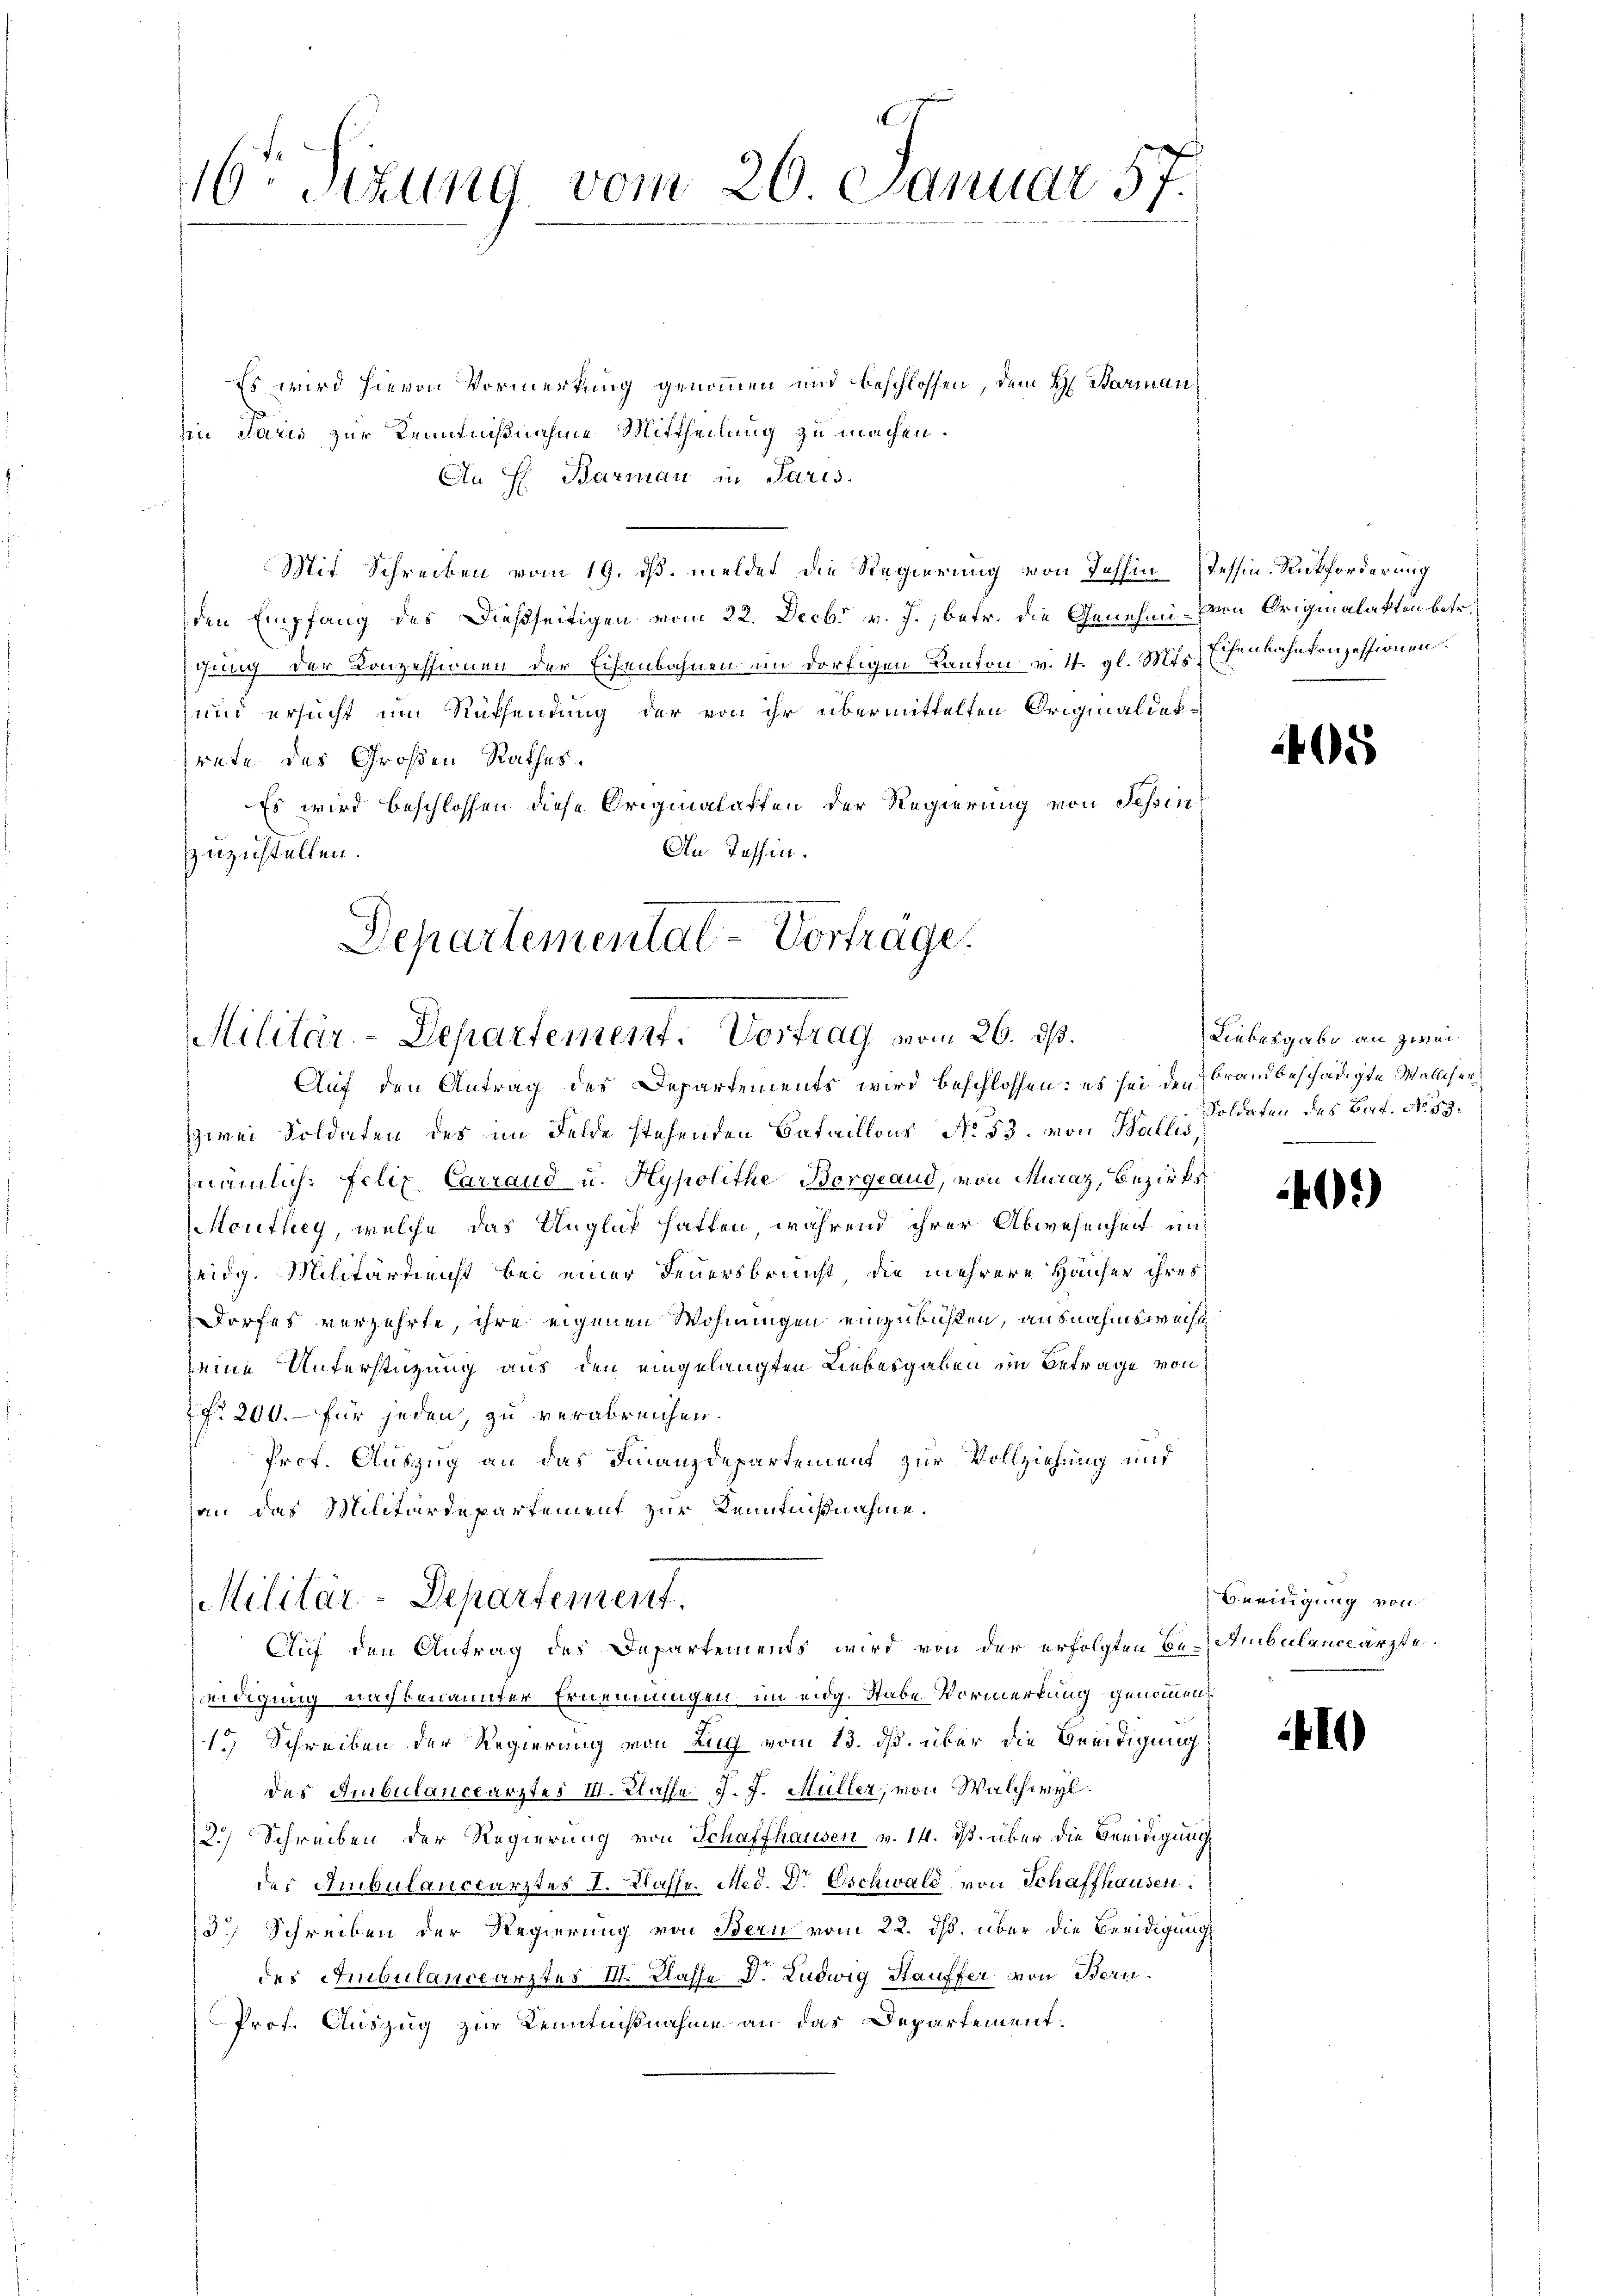
16ten Sizung vom 26. Januar 57.

Es wird hievon Vormerkung genommen und beschlossen, dem H. Barman
hin Jaris zur Kenntnißnahme Mittheilung zu machen.
An H. Barman in Paris.
Mit Schreiben vom 19. ds. meldet die Regierung von Tessin Tessin-Rückforderung
den Empfang des Dießseitigen vom 22. Decbr v. J. betr. die Genehmi-Ven Originalakten betr.
schung der Konzessionen der Eisenbahnen im dortigen Kanton v. 4. gl. Mts. Eisenbahnkonzessionen.
und ersucht im Rüksendung der von ihr übermittelten Originaldektrete des Großen Rathes.
Es wird beschlossen diese Originalakten der Regierung von Schin
An Tessin.
zuzustellen.

Departemental-Vorträge.
Militär-Departement. Vortrag vom 26. ds.

Auf den Antrag des Departements wird beschlossen: es sei den
zwei Soldaten des im Felde stehenden Bataillons No. 53. von Wallis
nämlich: Felix Carrand u. Hypolithe Borgeaud, von Muraz, Bezirks¬
Monthey, welche das Unglück hatten, während ihrer Abwesenheit und
Zeidg. Militärdienst bei einer Feuersbrunst die mehrere Häuser ihres
Dorfes verzehrte, ihre eigenen Wohnungen einzubühlen, ausnahmsweise
eine Unterstützung aus den eingelangten Liebesgaben im Betrage von
 No 200.- für jeden, zu verabreichen.
Prof. Auszug an das Finanzdepartement zur Vollziehung und
an das Militärdepartement zur Kenntnißnahme.

Militär-Departement.
Auf den Antrag des Departements wird von der erfolgten Be- Ambülanceärzte

eidigung nachbenannter Ernennungen im eidg. Stabe Vormerkung genommen
1.) Schreiben der Regierung von Zug vom 13. ds. über die Beeidigung
des Ambulanceärztes III. Klasse J. J. Müller, von Walchwyl.
2.) Schreiben der Regierung von Schaffhausen v. 14. ds. über die Beeidigung
der Ambulanceärztes I. Klasse. Med. Dr Eschwald von Schaffhausen.
3 Schreiben der Regierung von Bern vom 22. ds. über die Beeidigung
des Ambulanceärztes III. Klasse D. Ludwig Hauffer von Bern
Prof. Auszug zur Kenntnißnahme an das Departement.

5

Liebesgabe an zwei
brandbeschädigte Malliser
Soldaten des Bat. No. 53.

)

Beeidigung von

410